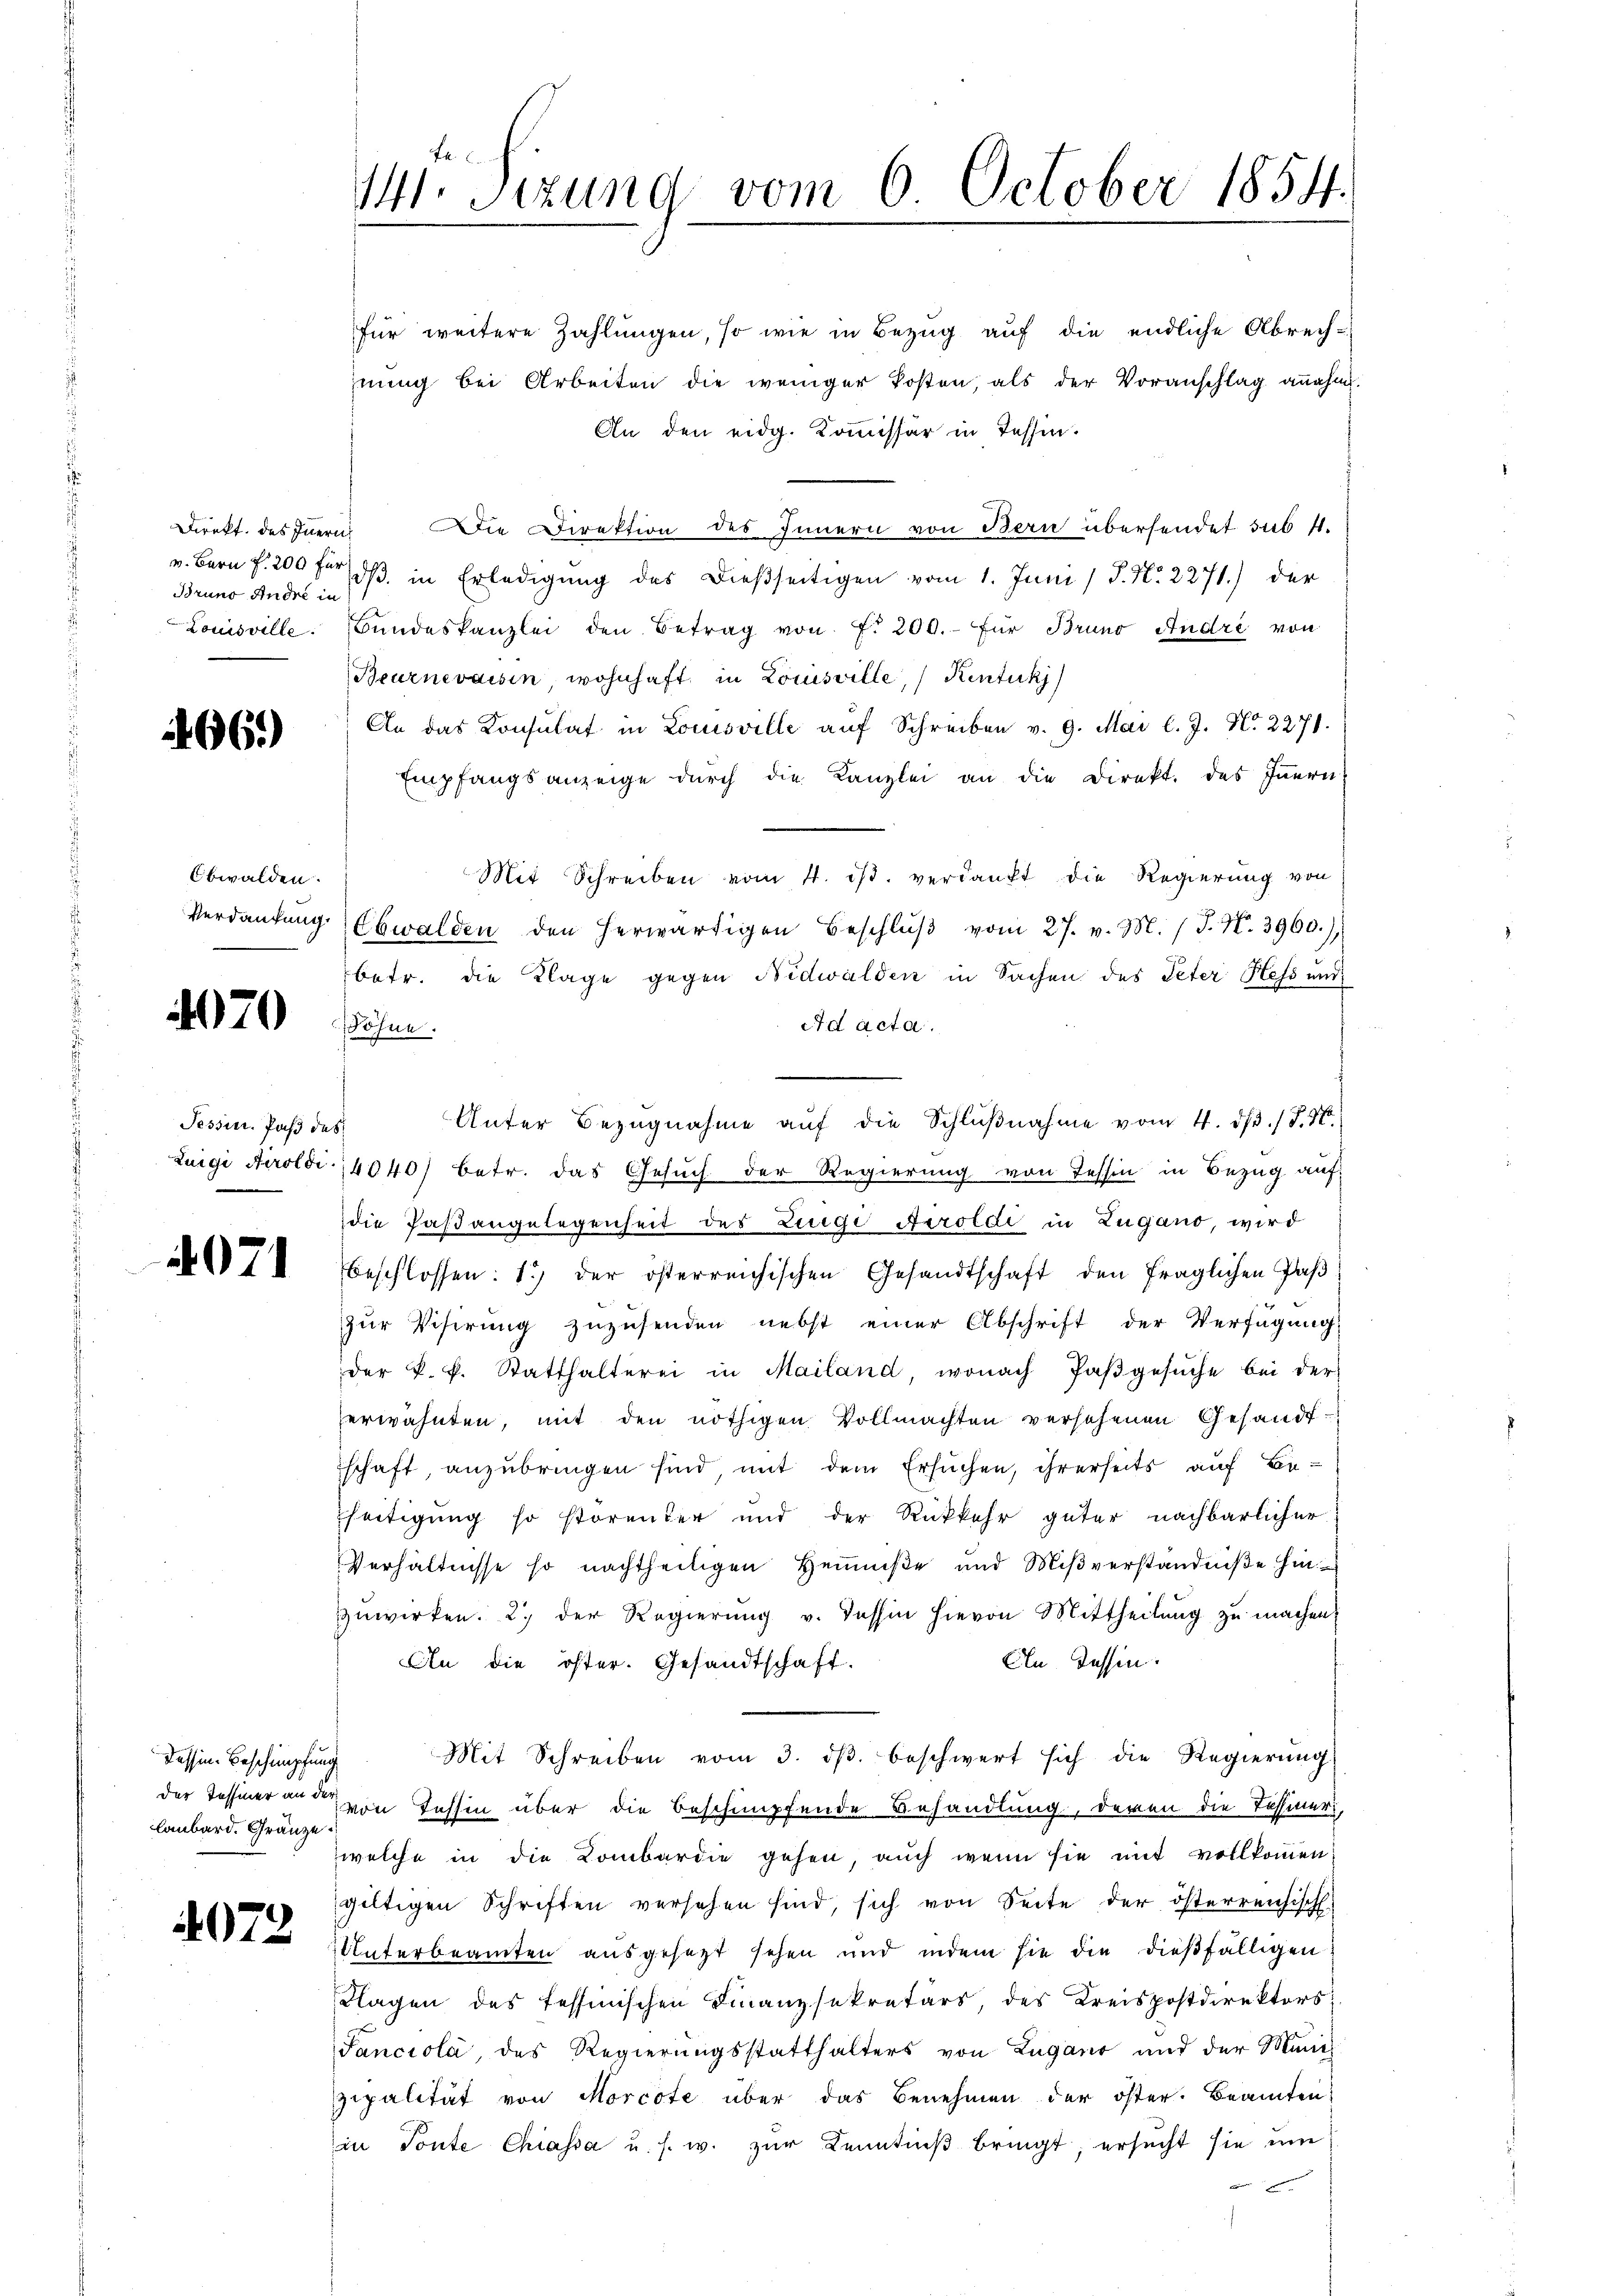
Brund Andre in
Louisville.

66)

Obwalden.
Verdankung.

070

Tessin. Pass de

4071

Tessin. Beschimpfun
laubard. Gränze.

4073

M. Sizung vom 6. October 1854.

für weitere Zahlŭngen, so wie in Bezug auf die endliche Abrech-
nŭng bei Arbeiten die weniger kosten, als der Voranschlag annahm.
An den eidg. Kommissär in Tessin.
Direkt des Innern Die Direktion des Innern von Bern übersendet sub 11.
v. Bern f. 200 fl dβ in Erledigung des dießseitigen vom 1. Juni / P. Nr. 2271) der
Bŭndeskanzlei den Betrag von f. 200.- für Bruno André von
Beurnevaisin, wohnhaft in Louisville, Kentuk
An das Konsulat in Louisville aŭf Schreiben v. 9. Mai l. J. N. 2271.
Empfangsanzeige durch die Kanzlei an die Direkt. des Innern
Mit Schreiben vom 4. ds. verdankt die Regierung von
Ebwalden den herwärtigen Beschlŭβ vom 27. v. M. / J. N. 3960.)
betr. die Klage gegen Bidwalden in Sachen des Peter Hess und
Ad acta.
Söhne.
Unter Bezugnahme aŭf die Schlŭβnahme vom 4. d. 17. N
8
Luigi Airoldi, 4040) betr. das Gesuch der Regierung von Tessin in Bezug auf
die Paßangelegenheit der Luigi Airoldi in Zugano, wird
beschlossen: 1) der österreichischen Gesandtschaft den fraglichen Paβ
zur Visirung zuzusenden nebst einer Abschrift der Verfügung
der k. k. Statthalterei in Mailand, wonach Paβgesŭche bei der
erwähnten, mit den nöthigen Vollmachten versehenen Gesandt
schaft, anzubringen sind, mit dem Ersuchen, ihrerseits auf Be-
seitigung so storenter und der Rückkehr güter nachbarlicher
Verhältnisse so nachtheiligen Hemmniße und Mißverständniße hinzuwirken. 2. der Regierŭng v. Tessin hievon Mittheilŭng zŭ machen,
Aln dessen.
An die öster. Gesandtschaft.
Mit Schreiben vom 3. dβ beschwert sich die Regierŭng
der Tessiner aus von Tessin über die Beschimpfende Behandlung, deren die Tessineri,
welche in die Kombardie gehen, auch wenn sie mit vollkommen
gültigen Schriften versehen sind, sich von Seite der österreichisch
Unterbeamten ausgesezt sehen und indem sie die dießfälligen
Klagen des Tessinischen Finanzsekretärs, des Kreispostdirektors.
Sanciola, des Regierungsstatthalters von Lugano und der Muni
zipalität von Morcote über das Benehmen der öster. Beamten
in Tonte Chiassa u. s. w. zur Kenntniß bringt; ersucht sie um